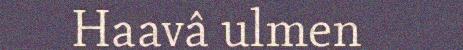
Haavâ ulmen